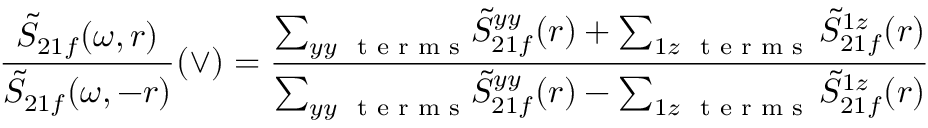
\frac { \tilde { S } _ { 2 1 f } ( \omega , r ) } { \tilde { S } _ { 2 1 f } ( \omega , - r ) } ( \vee ) = \frac { { { \sum _ { y y ~ \textrm { t e r m s } } } \tilde { S } _ { 2 1 f } ^ { y y } ( r ) + \sum _ { 1 z ~ \textrm { t e r m s } } \tilde { S } _ { 2 1 f } ^ { 1 z } ( r ) } } { { { \sum _ { y y ~ \textrm { t e r m s } } } \tilde { S } _ { 2 1 f } ^ { y y } ( r ) - \sum _ { 1 z ~ \textrm { t e r m s } } \tilde { S } _ { 2 1 f } ^ { 1 z } ( r ) } }